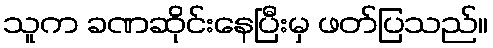
သူက ခဏဆိုင်းနေပြီးမှ ဖတ်ပြသည်။